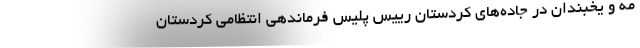
مه و یخبندان در جاده‌های کردستان رییس پلیس فرماندهی انتظامی کردستان